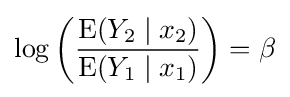
\log \left({\dfrac {\operatorname {E} (Y_{2}\mid x_{2})}{\operatorname {E} (Y_{1}\mid x_{1})}}\right)=\beta